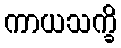
ကာယသက္ခိ